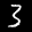
Label: 3